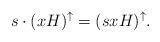
\begin{align*} s\cdot (xH)^{\uparrow}=(sxH)^{\uparrow}.\end{align*}